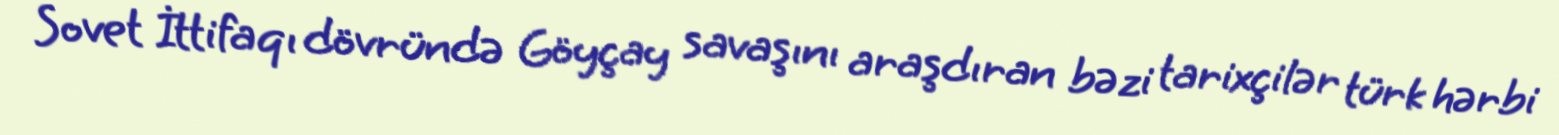
Sovet İttifaqı dövründə Göyçay savaşını araşdıran bəzi tarixçilər türk hərbi